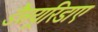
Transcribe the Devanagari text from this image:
डैसयूरिडाए